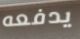
يدفعه